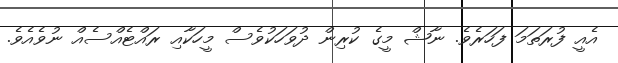
އެއީ ފުރަތަމަ ފަހަރެވެ. ނާޝް މީގެ ކުރިން ދުވަހަކުވެސް މީހަކާއި ރައްޓެއްސެއް ނުވެއެވެ.